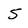
Character: S